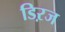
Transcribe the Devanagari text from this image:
डिऱज